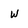
Character: w